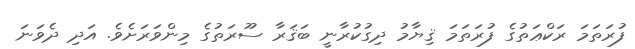
ފުރަތަމަ ރަކްޢަތުގެ ފުރަތަމަ ޤިޔާމު ދިގުކުރާނީ ބަޤަރާ ސޫރަތުގެ މިންވަރަށެވެ. އަދި ދެވަނަ